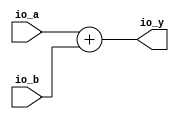
module ALU( // @[:@3.2]
  input  [5:0] io_a, // @[:@6.4]
  input  [5:0] io_b, // @[:@6.4]
  output [5:0] io_y // @[:@6.4]
);
  wire [6:0] arith_result; // @[ALU.scala 26:26:@17.6]
  assign arith_result = io_a + io_b; // @[ALU.scala 26:26:@17.6]
  assign io_y = arith_result[5:0]; // @[ALU.scala 28:10:@23.6 ALU.scala 32:10:@35.8 ALU.scala 34:10:@41.10 ALU.scala 36:10:@47.12 ALU.scala 38:10:@53.14 ALU.scala 40:10:@59.16 ALU.scala 42:10:@62.16]
endmodule
module Register( // @[:@78.2]
  input        clock, // @[:@79.4]
  input  [5:0] io_in, // @[:@81.4]
  output [5:0] io_out // @[:@81.4]
);
  reg [5:0] reg$; // @[Reg.scala 11:16:@83.4]
  reg [31:0] _RAND_0;
  assign io_out = reg$; // @[Register.scala 15:10:@87.4]
`ifdef RANDOMIZE_GARBAGE_ASSIGN
`define RANDOMIZE
`endif
`ifdef RANDOMIZE_INVALID_ASSIGN
`define RANDOMIZE
`endif
`ifdef RANDOMIZE_REG_INIT
`define RANDOMIZE
`endif
`ifdef RANDOMIZE_MEM_INIT
`define RANDOMIZE
`endif
`ifndef RANDOM
`define RANDOM $random
`endif
`ifdef RANDOMIZE
  integer initvar;
  initial begin
    `ifdef INIT_RANDOM
      `INIT_RANDOM
    `endif
    `ifndef VERILATOR
      #0.002 begin end
    `endif
  `ifdef RANDOMIZE_REG_INIT
  _RAND_0 = {1{`RANDOM}};
  reg$ = _RAND_0[5:0];
  `endif // RANDOMIZE_REG_INIT
  end
`endif // RANDOMIZE
  always @(posedge clock) begin
    reg$ <= io_in;
  end
endmodule
module Fibonacci( // @[:@100.2]
  input        clock, // @[:@101.4]
  input        reset, // @[:@102.4]
  input  [5:0] io_f0, // @[:@103.4]
  input  [5:0] io_f1, // @[:@103.4]
  output [5:0] io_fn // @[:@103.4]
);
  wire [5:0] alu_io_a; // @[Fibonacci.scala 14:19:@105.4]
  wire [5:0] alu_io_b; // @[Fibonacci.scala 14:19:@105.4]
  wire [5:0] alu_io_y; // @[Fibonacci.scala 14:19:@105.4]
  wire  v1_clock; // @[Fibonacci.scala 16:18:@109.4]
  wire [5:0] v1_io_in; // @[Fibonacci.scala 16:18:@109.4]
  wire [5:0] v1_io_out; // @[Fibonacci.scala 16:18:@109.4]
  wire  v2_clock; // @[Fibonacci.scala 17:18:@112.4]
  wire [5:0] v2_io_in; // @[Fibonacci.scala 17:18:@112.4]
  wire [5:0] v2_io_out; // @[Fibonacci.scala 17:18:@112.4]
  ALU alu ( // @[Fibonacci.scala 14:19:@105.4]
    .io_a(alu_io_a),
    .io_b(alu_io_b),
    .io_y(alu_io_y)
  );
  Register v1 ( // @[Fibonacci.scala 16:18:@109.4]
    .clock(v1_clock),
    .io_in(v1_io_in),
    .io_out(v1_io_out)
  );
  Register v2 ( // @[Fibonacci.scala 17:18:@112.4]
    .clock(v2_clock),
    .io_in(v2_io_in),
    .io_out(v2_io_out)
  );
  assign io_fn = v2_io_out; // @[Fibonacci.scala 38:9:@130.4]
  assign alu_io_a = reset ? io_f0 : v1_io_out; // @[Fibonacci.scala 21:12:@117.4 Fibonacci.scala 27:14:@123.6]
  assign alu_io_b = reset ? io_f1 : v2_io_out; // @[Fibonacci.scala 22:12:@118.4 Fibonacci.scala 28:14:@124.6]
  assign v1_clock = clock; // @[:@110.4]
  assign v1_io_in = reset ? io_f0 : v2_io_out; // @[Fibonacci.scala 25:14:@121.6 Fibonacci.scala 30:14:@127.6]
  assign v2_clock = clock; // @[:@113.4]
  assign v2_io_in = reset ? io_f1 : alu_io_y; // @[Fibonacci.scala 26:14:@122.6 Fibonacci.scala 31:14:@128.6]
endmodule